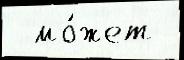
  мо́жет